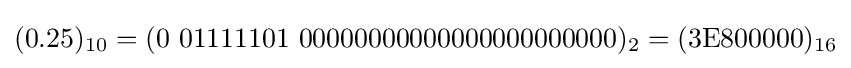
(0.25)_{10}=(0\ 01111101\ 00000000000000000000000)_{2}=({\text{3E800000}})_{16}